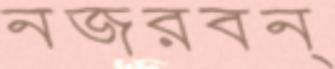
নজরবন্